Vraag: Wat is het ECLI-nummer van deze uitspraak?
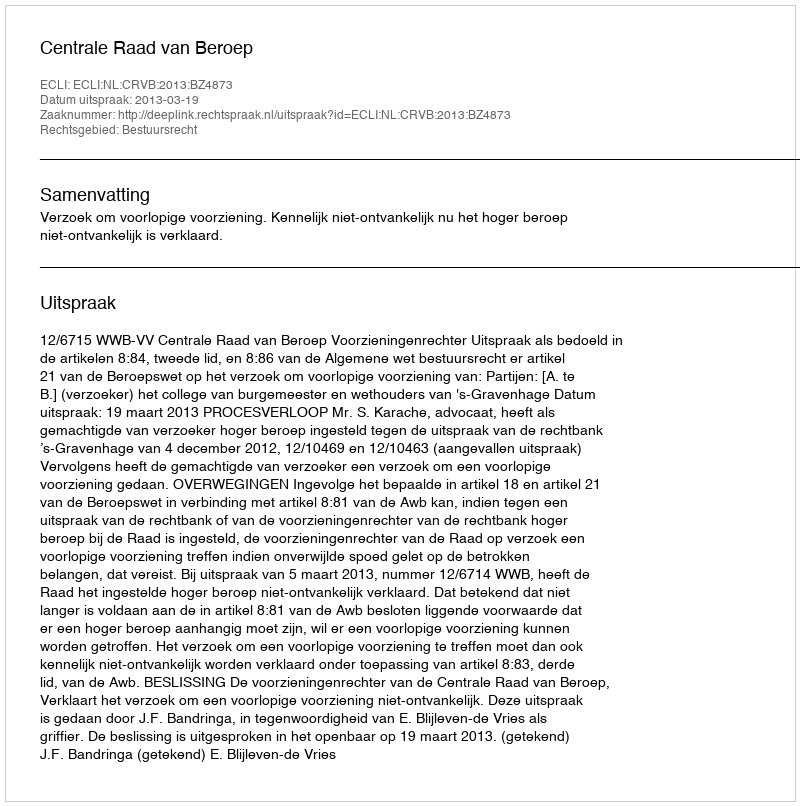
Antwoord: ECLI:NL:CRVB:2013:BZ4873